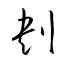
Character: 刔